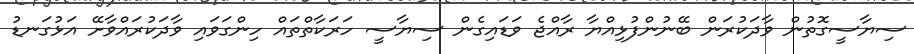
ސިޔާސީގޮތުން ވާދަކުރަން ބޭނުންފުޅިއްޔާ ރާއްޖެ ވަޑައިގެން ސިޔާސީ ހަރަކާތްތައް ހިންގަވައި ވާދަކުރައްވާށޭ އަޅުގަނޑު